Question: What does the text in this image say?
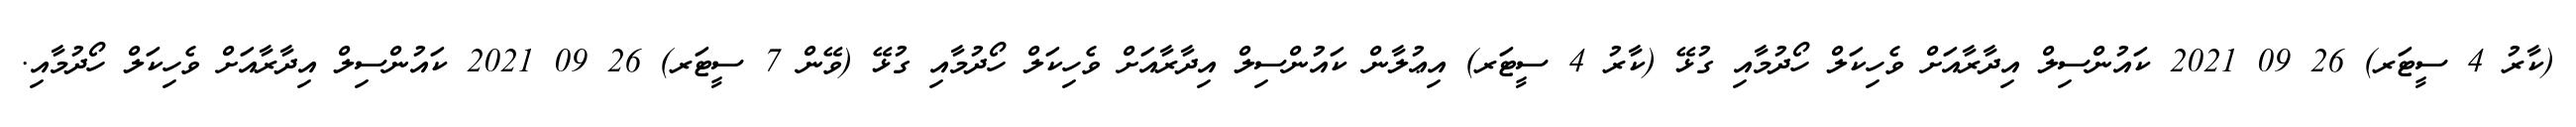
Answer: (ކާރު 4 ސީޓަރ) 26 09 2021 ކައުންސިލް އިދާރާއަށް ވެހިކަލް ހޯދުމާއި ގުޅޭ (ކާރު 4 ސީޓަރ) އިޢުލާން ކައުންސިލް އިދާރާއަށް ވެހިކަލް ހޯދުމާއި ގުޅޭ (ވޭން 7 ސީޓަރ) 26 09 2021 ކައުންސިލް އިދާރާއަށް ވެހިކަލް ހޯދުމާއި.